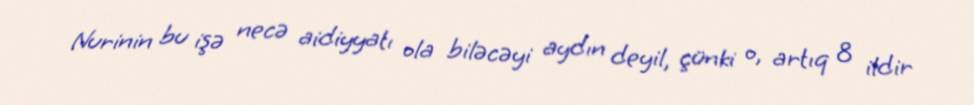
Nurinin bu işə necə aidiyyatı ola biləcəyi aydın deyil, çünki o, artıq 8 ildir